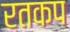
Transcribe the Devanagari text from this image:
रतकप